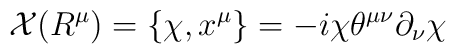
{\cal X}(R^{\mu})=\{{\chi},x^{\mu}\}=-i{\chi}{\theta}^{{\mu}{\nu}}{\partial}_{\nu}{\chi}